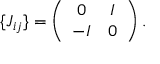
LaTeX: \{ J _ { i j } \} = \left( \begin{array} { c c } { { 0 } } & { { I } } \\ { { - I } } & { { 0 } } \end{array} \right) .